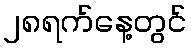
၂၈ရက်နေ့တွင်